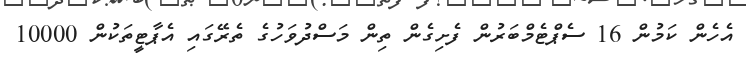
އެހެން ކަމުން 16 ސެޕްޓެމްބަރުން ފެށިގެން ތިން މަސްދުވަހުގެ ތެރޭގައި އެޕާޓީތަކުން 10000